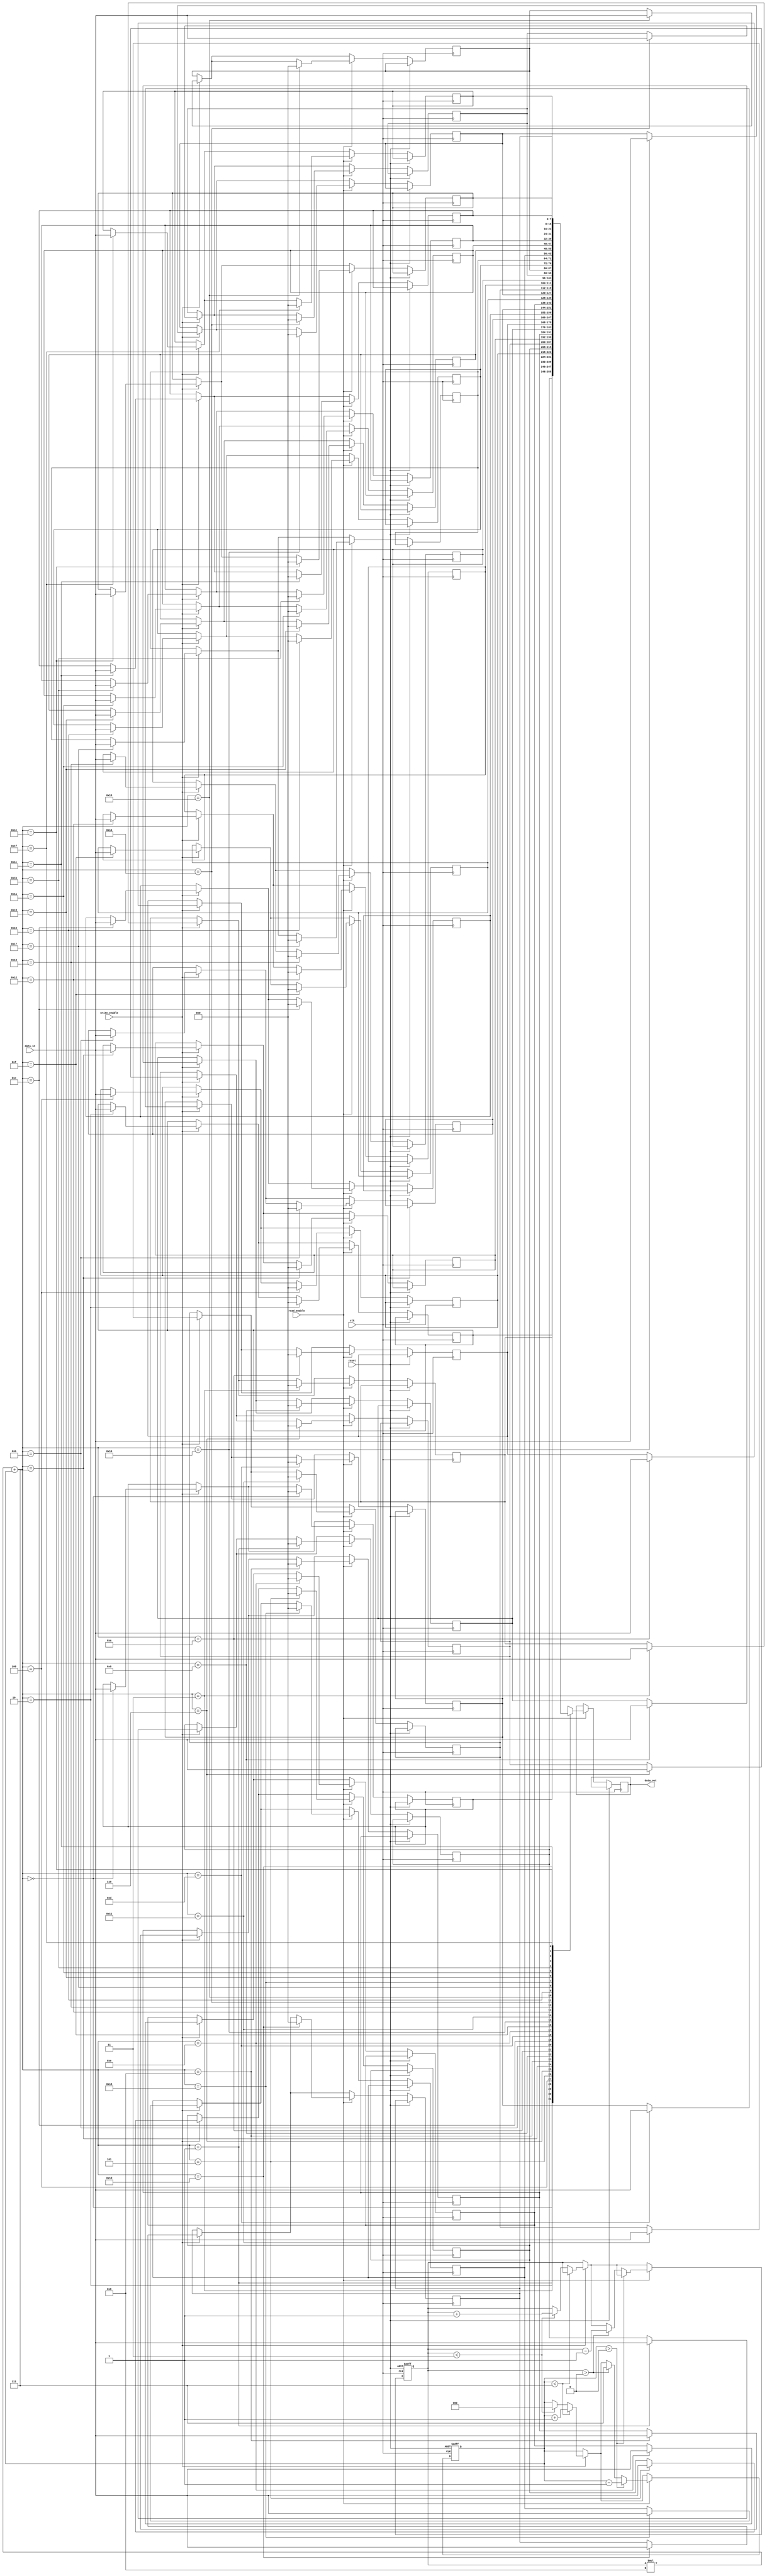
module stack_register_file (
    input wire clk,
    input wire reset,
    input wire write_enable,
    input wire [DATA_WIDTH-1:0] data_in,
    input wire read_enable,
    output reg [DATA_WIDTH-1:0] data_out
);

parameter MEM_BLOCKS = 4;
parameter REGISTERS_PER_BLOCK = 8;
parameter DATA_WIDTH = 8;

reg [DATA_WIDTH-1:0] memory [MEM_BLOCKS-1:0][REGISTERS_PER_BLOCK-1:0];
reg [DATA_WIDTH-1:0] temp_reg;
reg [3:0] top_block = 0;
reg [2:0] top_register = 0;

always @(posedge clk or posedge reset) begin
    if (reset) begin
        top_block <= 0;
        top_register <= 0;
    end else begin
        if (write_enable) begin
            memory[top_block][top_register] <= data_in;
            if (top_register < REGISTERS_PER_BLOCK-1) begin
                top_register <= top_register + 1;
            end else if (top_block < MEM_BLOCKS-1) begin
                top_block <= top_block + 1;
                top_register <= 0;
            end
        end
        if (read_enable) begin
            data_out <= memory[top_block][top_register];
            memory[top_block][top_register] <= 0;
            if (top_register > 0) begin
                top_register <= top_register - 1;
            end else if (top_block > 0) begin
                top_block <= top_block - 1;
                top_register <= REGISTERS_PER_BLOCK-1;
            end
        end
    end
end

endmodule